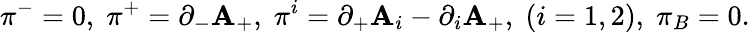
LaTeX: {\pi}^{-}=0,\; {\pi}^{+}={\partial}_{-}\mathbf{A}_{+},\; {\pi}^{i}={\partial}_{+}\mathbf{A}_{i}-{\partial}_{i}\mathbf{A}_{+},\; (i=1,2),\; {\pi}_{B}=0.